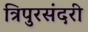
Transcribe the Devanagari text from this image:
त्रिपुरसंदरी